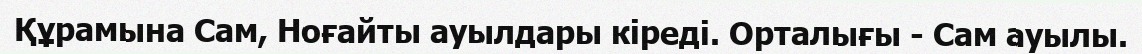
Құрамына Сам, Ноғайты ауылдары кіреді. Орталығы - Сам ауылы.